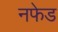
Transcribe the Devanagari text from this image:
नफेड